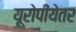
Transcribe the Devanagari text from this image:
यूरोपीयेतर